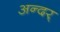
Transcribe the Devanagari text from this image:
अन्दर्